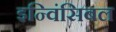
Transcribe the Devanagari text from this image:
इन्विंसिबल